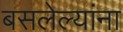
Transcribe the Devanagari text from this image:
बसलेल्यांना